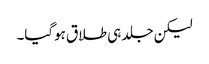
لیکن جلد ہی طلاق ہوگیا۔